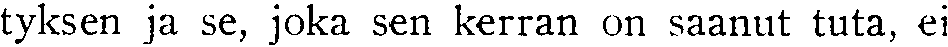
tyksen ja se, joka sen kerran on saanut tuta, ei